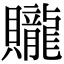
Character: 贚